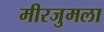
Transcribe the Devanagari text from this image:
मीरजुमला